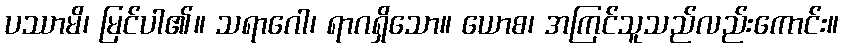
ပဿာမိ၊ မြင်ပါ၏။ သရာဂေါ၊ ရာဂရှိသော။ ယောစ၊ အကြင်သူသည်လည်းကောင်း။